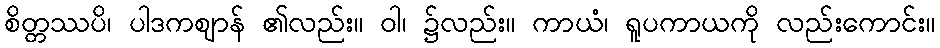
စိတ္တဿပိ၊ ပါဒကဈာန် ၏လည်း။ ဝါ၊ ၌လည်း။ ကာယံ၊ ရူပကာယကို လည်းကောင်း။